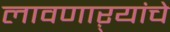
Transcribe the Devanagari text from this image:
लावणाऱ्यांचे